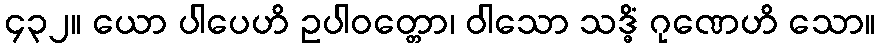
၄၃၂။ ယော ပါပေဟိ ဥပါဝတ္တော၊ ဝါသော သဒ္ဓိံ ဂုဏေဟိ သော။